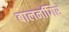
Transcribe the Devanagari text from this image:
बालनगििर